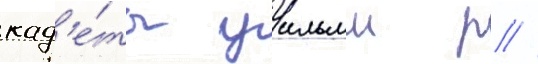
кад'е́ты уильям р //